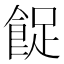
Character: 𱃨